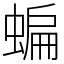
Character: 蝙